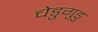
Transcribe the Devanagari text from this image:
चेडुगुडु